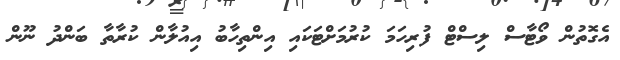
އެގޮތުން ވޯޓާސް ލިސްޓް ފުރިހަމަ ކުރުމަށްޓަކައި އިންތިހާބު އިއުލާން ކުރާތާ ބަންދު ނޫން